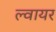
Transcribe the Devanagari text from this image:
ल्वायर